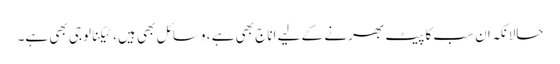
حالانکہ ان سب کا پیٹ بھرنے کے لیے اناج بھی ہے ، وسائل بھی ہیں ، ٹیکنالوجی بھی ہے۔